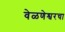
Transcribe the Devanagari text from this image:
वेळणेश्वरचा